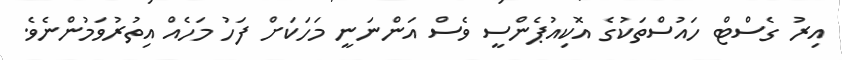
އިރު ގެސްޓް ހައުސްތަކުގެ އޮކިއުޕެންސީ ވެސް އަންނަނީ މަހަކަށް ފަހު މަހެއް އިތުރުވަމުންނެވެ.